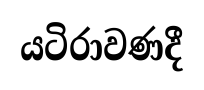
යටිරාවණදී